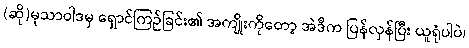
(ဆို)မုသာဝါဒမှ ရှောင်ကြဉ်ခြင်း၏ အကျိုးကိုတော့ အဲဒီက ပြန်လှန်ပြီး ယူရုံပါပဲ၊